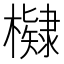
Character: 𭬠